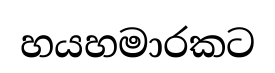
හයහමාරකට